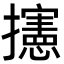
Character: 攇